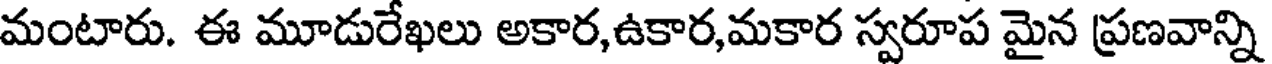
మంటారు. ఈ మూడురేఖలు అకార,ఉకార,మకార స్వరూప మైన ప్రణవాన్ని